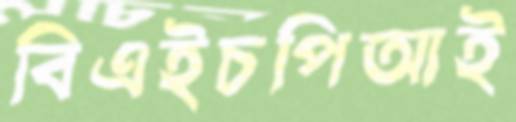
বিএইচপিআই